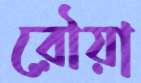
রৌয়া